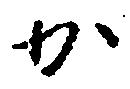
か